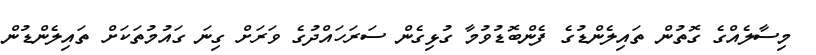
މިސާލެއްގެ ގޮތުން ތައިލެންޑުގެ ފެންބޮޑުވުމާ ގުޅިގެން ސަރަހައްދުގެ ވަރަށް ގިނަ ގައުމުތަކަށް ތައިލެންޑުން